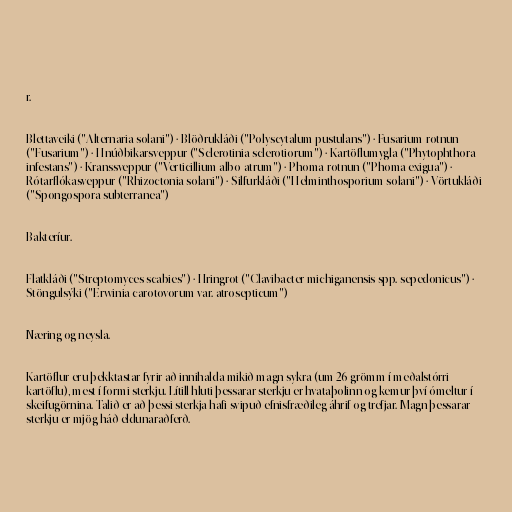
r.

Blettaveiki ("Alternaria solani") · Blöðrukláði ("Polyscytalum pustulans") · Fusarium-rotnun
("Fusarium") · Hnúðbikarsveppur ("Sclerotinia sclerotiorum") · Kartöflumygla ("Phytophthora
infestans") · Kranssveppur ("Verticillium albo-atrum") · Phoma-rotnun ("Phoma exigua") ·
Rótarflókasveppur ("Rhizoctonia solani") · Silfurkláði ("Helminthosporium solani") · Vörtukláði
("Spongospora subterranea")

Bakteríur.

Flatkláði ("Streptomyces scabies") · Hringrot ("Clavibacter michiganensis spp. sepedonicus") ·
Stöngulsýki ("Erwinia carotovorum var. atrosepticum")

Næring og neysla.

Kartöflur eru þekktastar fyrir að innihalda mikið magn sykra (um 26 grömm í meðalstórri
kartöflu), mest í formi sterkju. Lítill hluti þessarar sterkju er hvataþolinn og kemur því ómeltur í
skeifugörnina. Talið er að þessi sterkja hafi svipuð efnisfræðileg áhrif og trefjar. Magn þessarar
sterkju er mjög háð eldunaraðferð.